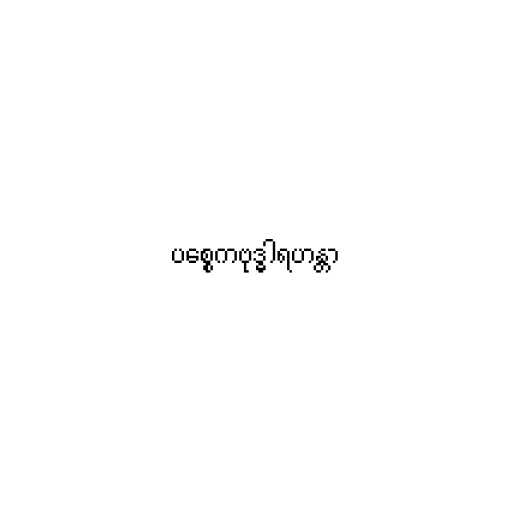
ပစ္စေကဗုဒ္ဓါရဟန္တာ